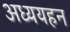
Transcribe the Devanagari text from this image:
अध्ययहन